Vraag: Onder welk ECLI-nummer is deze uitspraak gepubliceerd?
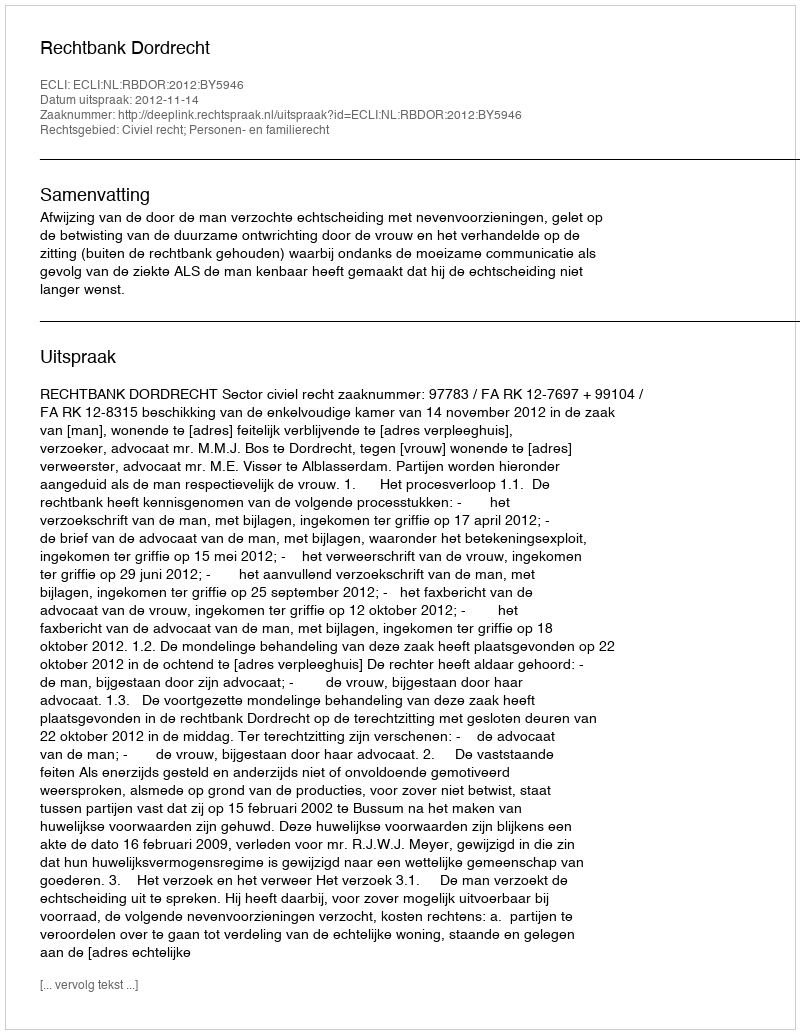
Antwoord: ECLI:NL:RBDOR:2012:BY5946